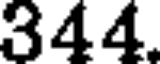
344.